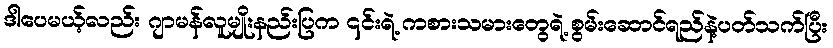
ဒါပေမယ့်လည်း ဂျာမန်လူမျိုးနည်းပြက ၎င်းရဲ့ ကစားသမားတွေရဲ့ စွမ်းဆောင်ရည်နဲ့ပတ်သက်ပြီး